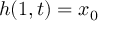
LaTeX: h ( 1 , t ) = x _ { 0 }